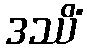
ဒဿိံ